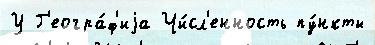
У Г'еогра́ф'иjа Чи́сл'енность пу́нкты